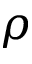
\rho